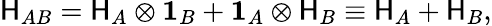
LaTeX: \mathsf{H}_{AB}=\mathsf{H}_{A}\otimes\mathbf{{1}}_{B}+\mathbf{{1}}_{A}\otimes\mathsf{H}_{B}\equiv\mathsf{H}_{A}+\mathsf{H}_{B},